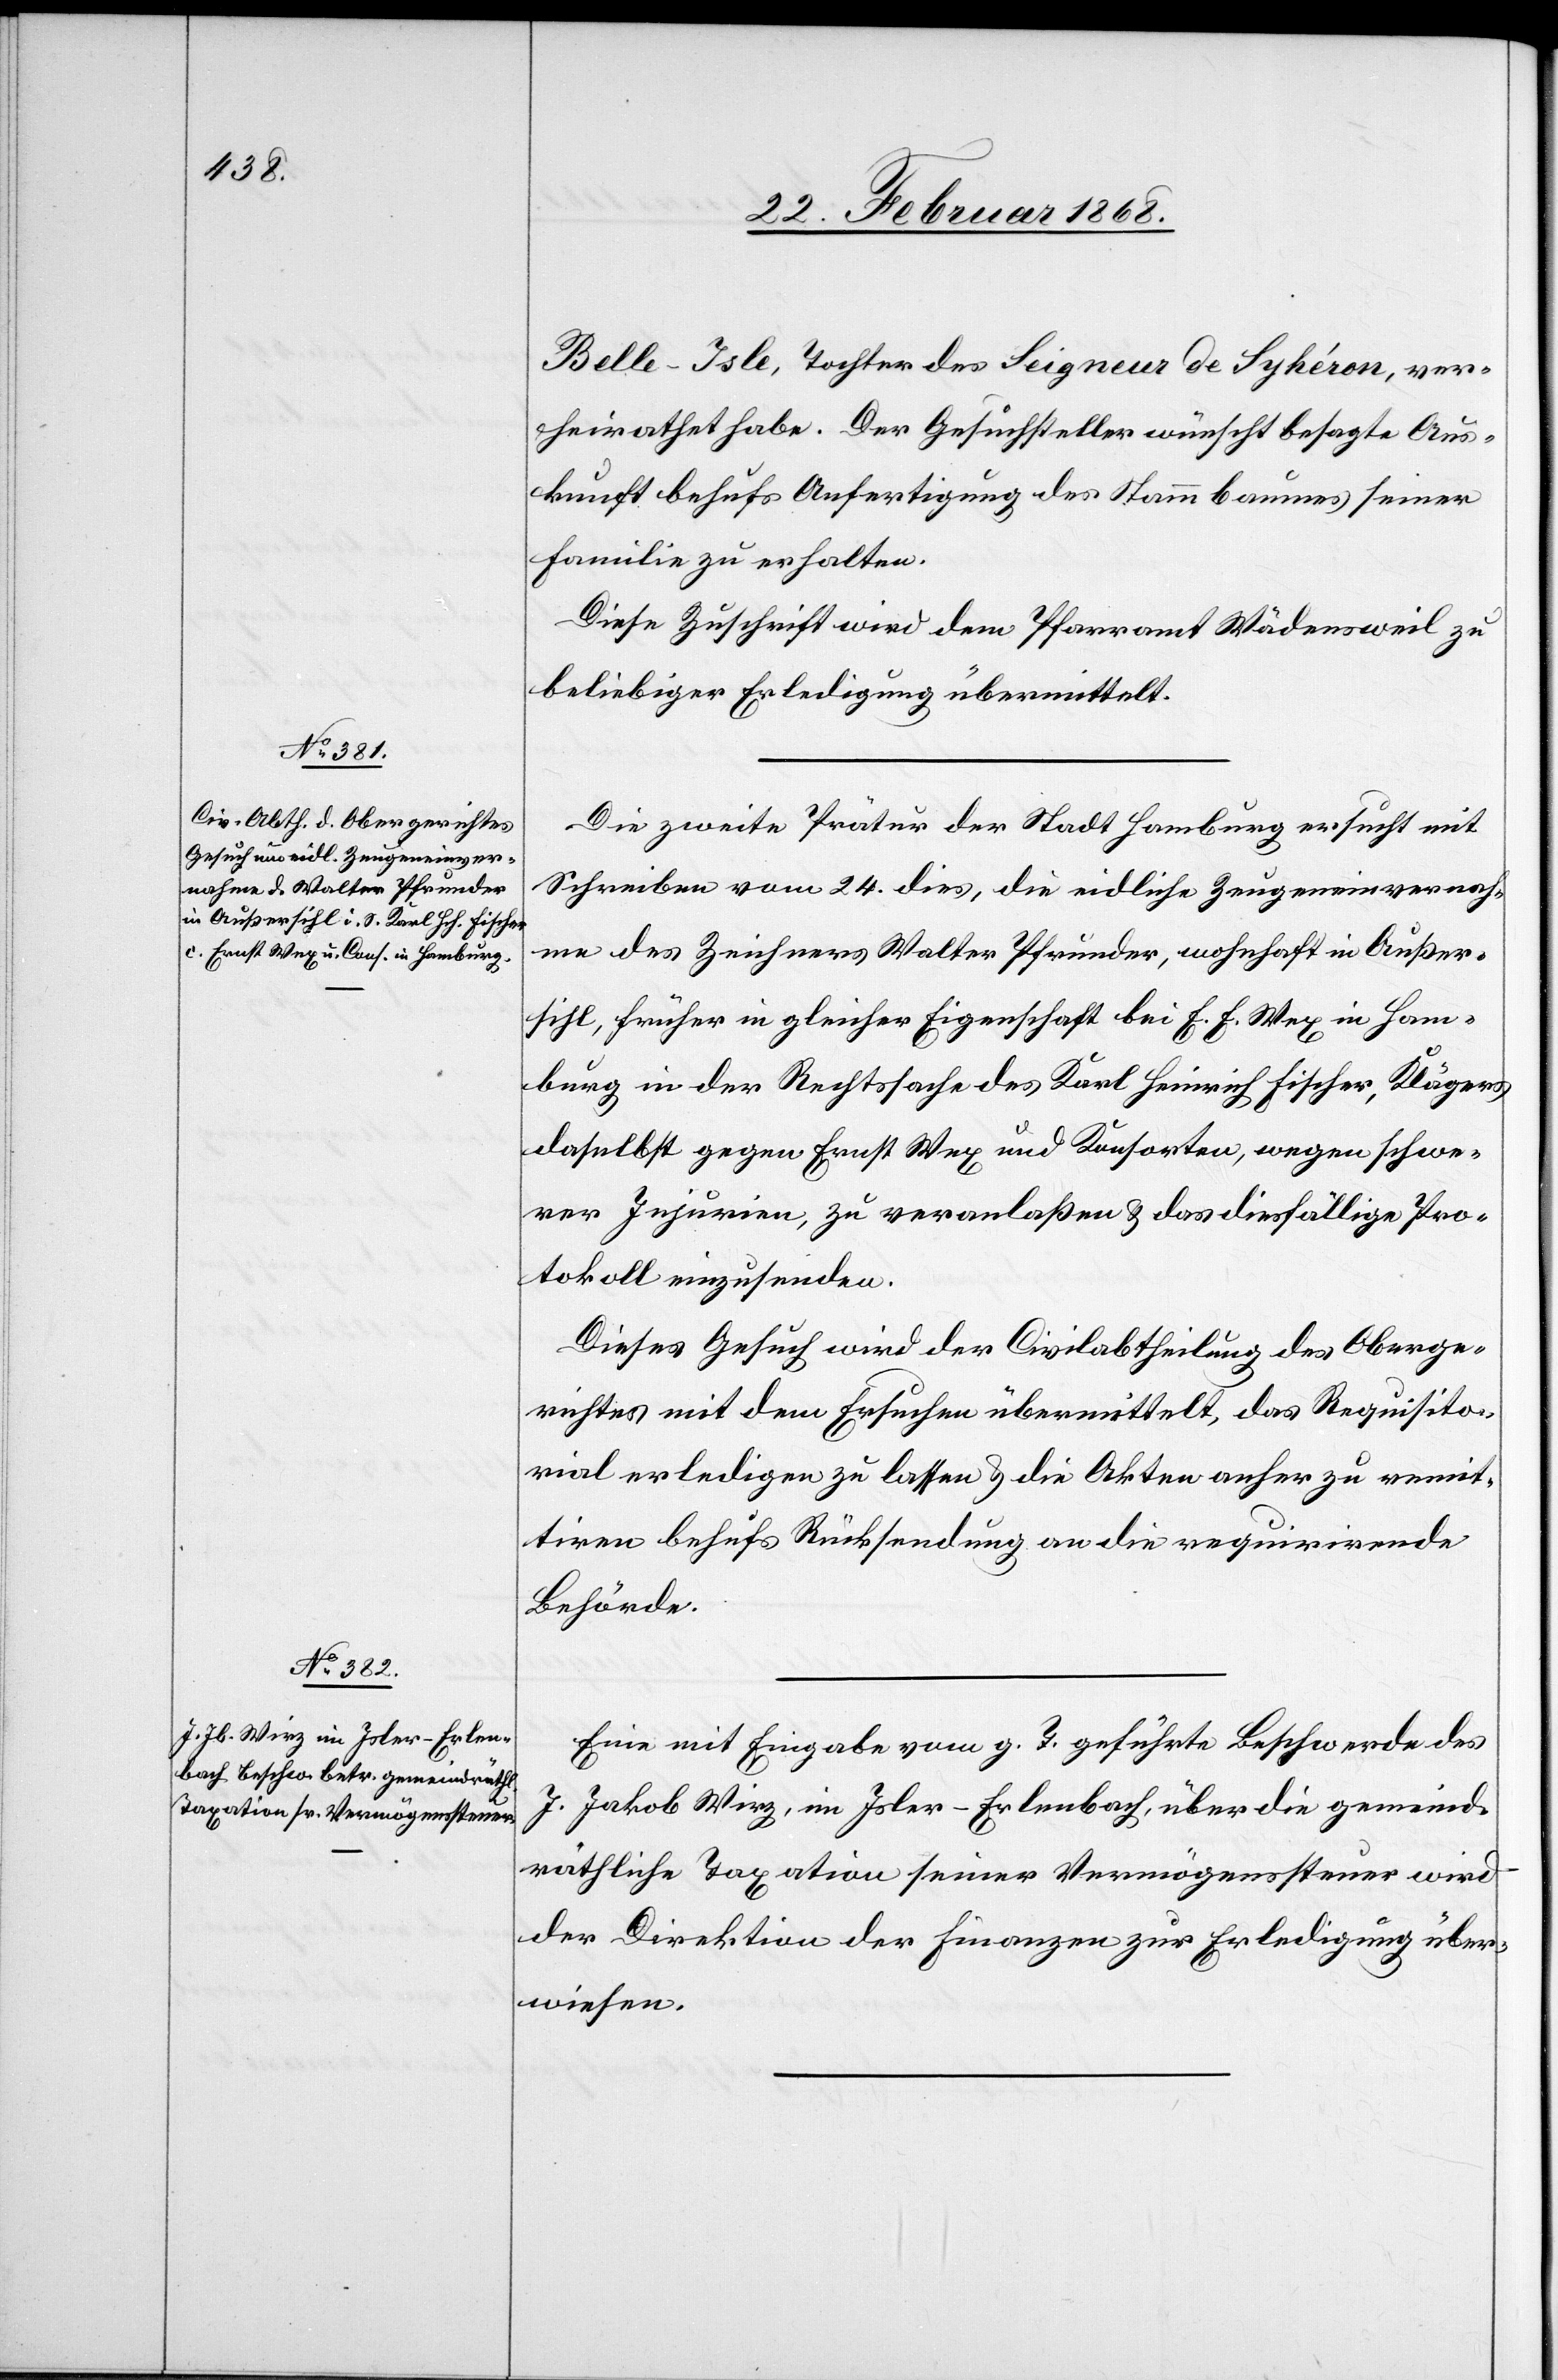
26. Februar 1868.]
Belle-Isle, Tochter des Seigneur de Syhéron, ver¬
heirathet habe. Der Gesuchsteller wünscht besagte Aus¬
kunft behufs Anfertigung des Stammbaumes seiner
Familie zu erhalten.
Diese Zuschrift wird dem Pfarramt Wädensweil zu
beliebiger Erledigung übermittelt.
Die zweite Prätur der Stadt Hamburg ersucht mit
Schreiben vom 24. dies, die eidliche Zeugeneinvernah¬
me des Zeichners Walter Pfrunder, wohnhaft in Außer¬
sihl, früher in gleicher Eigenschaft bei E. E. Wex in Ham¬
burg in der Rechtssache des Karl Heinrich Fischer, Klägers
daselbst gegen Ernst Wex und Konsorten, wegen schwe¬
rer Injurien, zu veranlaßen & das diesfällige Pro¬
tokoll einzusenden.
Dieses Gesuch wird der Civilabtheilung des Oberge¬
richtes mit dem Ersuchen übermittelt, das Requisito¬
rial erledigen zu lassen & die Akten anher zu remit¬
tiren behufs Rücksendung an die requirirende
Behörde.
Eine mit Eingabe vom g. T. geführte Beschwerde des
J. Jakob Wirz, im Isler-Erlenbach, über die gemeind¬
räthliche Taxation seiner Vermögenssteuer wird
der Direktion der Finanzen zur Erledigung über¬
wiesen.